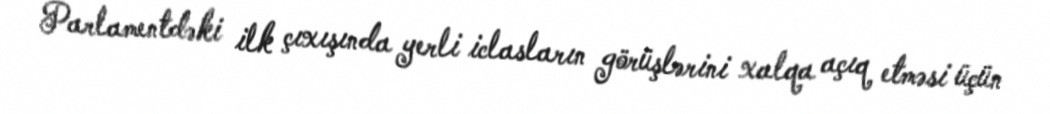
Parlamentdəki ilk çıxışında yerli iclasların görüşlərini xalqa açıq etməsi üçün